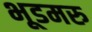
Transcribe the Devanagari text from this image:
भूडमरु